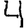
Digit: 4